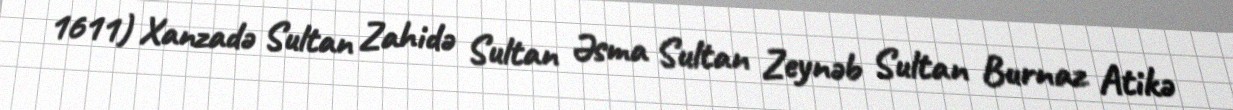
1611) Xanzadə Sultan Zahidə Sultan Əsma Sultan Zeynəb Sultan Burnaz Atikə